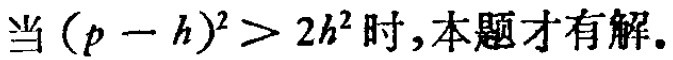
当\((p - h)^2 > 2h^2\)时,本题才有解.